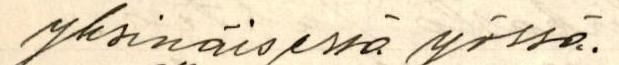
yksinäisessä yössä.